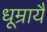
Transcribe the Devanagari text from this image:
धूम्रायै